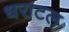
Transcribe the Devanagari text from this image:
धराटल